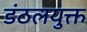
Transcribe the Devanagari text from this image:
डंठलयुक्त